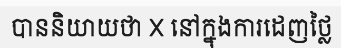
បាននិយាយថា X នៅក្នុងការដេញថ្លៃ